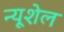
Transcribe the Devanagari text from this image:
न्यूशेल